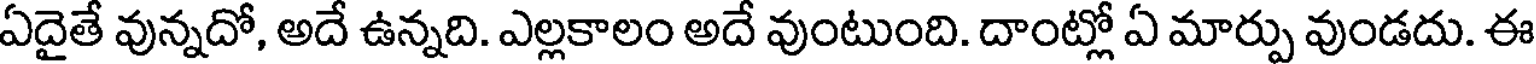
ఏదైతే వున్నదో, అదే ఉన్నది. ఎల్లకాలం అదే వుంటుంది. దాంట్లో ఏ మార్పు వుండదు. ఈ